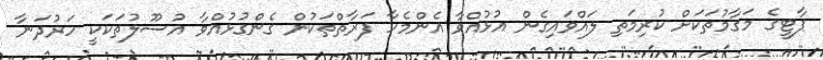
ޕާޓީގެ މަގާމުތަކަށް ކުރިމަތި ލައްވައިގެން އުޅުއްވާ އެންމެހާ ފަރާތްތަކުން ގެންގުޅުއްވާ އުސޫލުތަކަކީ ހަރުދަނާ